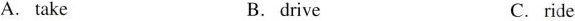
A.take B.drive C.ride